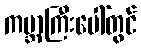
ကမ္ဘာကြီးပေါ်တွင်